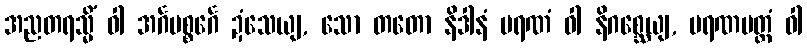
အညတရသ္မိံ ဝါ အင်္ဂပစ္စင်္ဂေ ဍံသေယျ, သော တတော နိဒါနံ မရဏံ ဝါ နိဂစ္ဆေယျ, မရဏမတ္တံ ဝါ